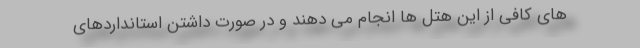
های کافی از این هتل ها انجام می دهند و در صورت داشتن استانداردهای